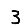
Digit: 3